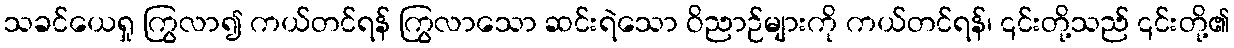
သခင်ယေရှု ကြွလာ၍ ကယ်တင်ရန် ကြွလာသော ဆင်းရဲသော ဝိညာဉ်များကို ကယ်တင်ရန်၊ ၎င်းတို့သည် ၎င်းတို့၏